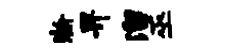
瀚畀溜巫